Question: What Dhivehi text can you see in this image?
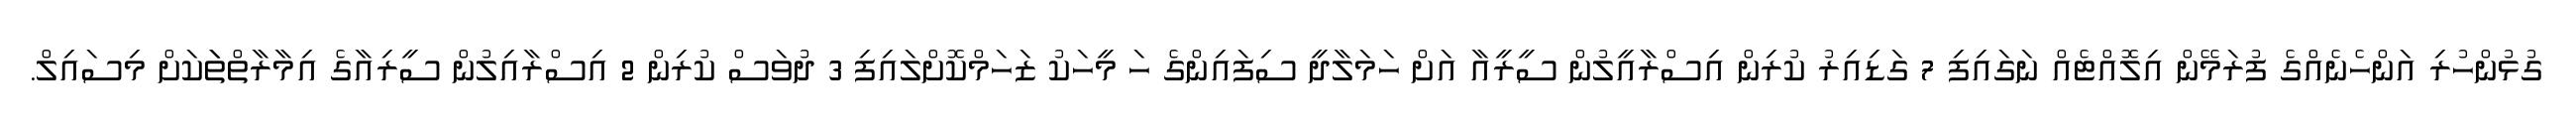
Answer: ގުޅުންހުރި އަންހެނެއްގެ ފުރަމޭން އިލޮއްޓެއް ނަގައިފި 7 ގަޑިއިރު ކުރިން އިސްރާއީލުން ސީރީއާ އަށް ހަމަލާދީ ސިފައިންގެ ހަ މީހަކު ޒަހަމްކޮށްލައިފި 3 ދުވަސް ކުރިން 2 އިސްރާއިލުން ސީރިއާގެ އިމާރާތްތަަކަށް މިސައިލް.